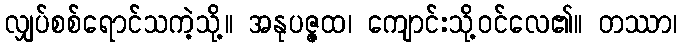
လျှပ်စစ်ရောင်သကဲ့သို့။ အနုပဇ္ဇထ၊ ကျောင်းသို့ဝင်လေ၏။ တဿာ၊